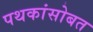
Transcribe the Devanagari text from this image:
पथकांसोबत